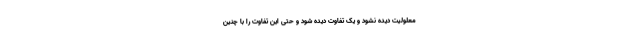
معلولیت دیده نشود و یک تفاوت دیده شود و حتی این تفاوت را با چنین